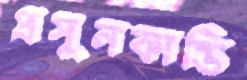
প্রসূনকান্তি